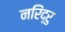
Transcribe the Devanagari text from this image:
नरिंद्रु